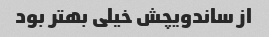
از ساندویچش خیلی بهتر بود